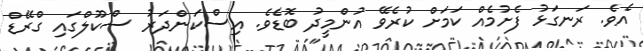
އެވެ. ރަނގަޅު ފެށުމެއް ކަމަށް ކުރެވޭ އުންމީދު ބޮޑެވެ. އިސްކަންދަރު ސްކޫލްގައި ގްރޭޑް